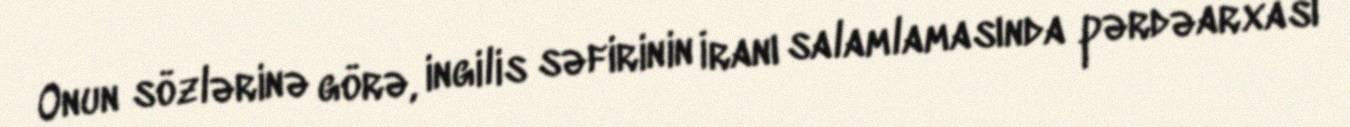
Onun sözlərinə görə, ingilis səfirinin İranı salamlamasında pərdəarxası